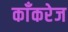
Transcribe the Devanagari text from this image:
काँकरेज